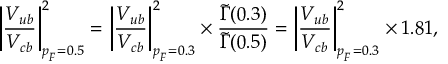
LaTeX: \left| \frac { V _ { u b } } { V _ { c b } } \right| _ { p _ { _ F } = 0 . 5 } ^ { 2 } = \left| \frac { V _ { u b } } { V _ { c b } } \right| _ { p _ { _ F } = 0 . 3 } ^ { 2 } \times \frac { \widetilde { \Gamma } ( 0 . 3 ) } { \widetilde { \Gamma } ( 0 . 5 ) } = \left| \frac { V _ { u b } } { V _ { c b } } \right| _ { p _ { _ F } = 0 . 3 } ^ { 2 } \times 1 . 8 1 ,